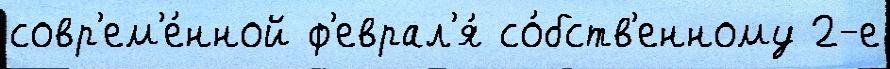
совр'ем'е́нной ф'еврал'я́ со́бств'енному 2-е